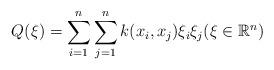
LaTeX: \begin{align*}Q(\xi) = \sum_{i=1}^n \sum_{j=1}^n k(x_i, x_j) \xi_i \xi_j (\xi\in \mathbb{R}^n)\end{align*}